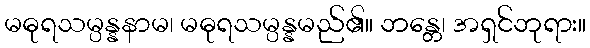
မဓုရသမ္ပန္နနာမ၊ မဓုရသမ္ပန္နမည်၏။ ဘန္တေ၊ အရှင်ဘုရား။